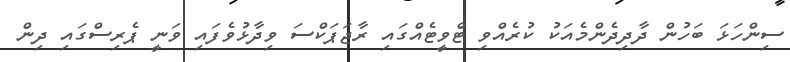
ސިންހަޅަ ބަހުން ދާދިދެންމެއަކު ކުރެއްވި ޓްވީޓެއްގައި ރާޖަޕަކްސަ ވިދާޅުވެފައި ވަނީ ޕެރިސްގައި ދިން